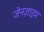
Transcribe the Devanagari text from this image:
जेनज़ाइम